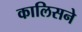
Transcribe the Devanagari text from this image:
कालिसने